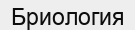
Бриология